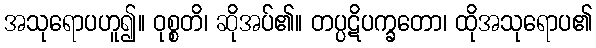
အသုရောပဟူ၍။ ဝုစ္စတိ၊ ဆိုအပ်၏။ တပ္ပဋိပက္ခတော၊ ထိုအသုရောပ၏